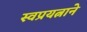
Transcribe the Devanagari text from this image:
स्वप्रयत्नाने